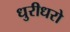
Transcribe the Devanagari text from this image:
धुरीधरो